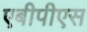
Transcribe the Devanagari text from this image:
एबीपीएस